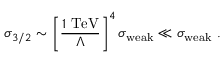
\sigma _ { 3 / 2 } \sim \left[ \frac { 1 ~ \mathrm { T e V } } { \Lambda } \right] ^ { 4 } \sigma _ { \mathrm { w e a k } } \ll \sigma _ { \mathrm { w e a k } } ~ .